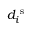
d _ { i } ^ { \mathrm { ~ s ~ } }